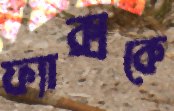
ফ্যাক্সকে